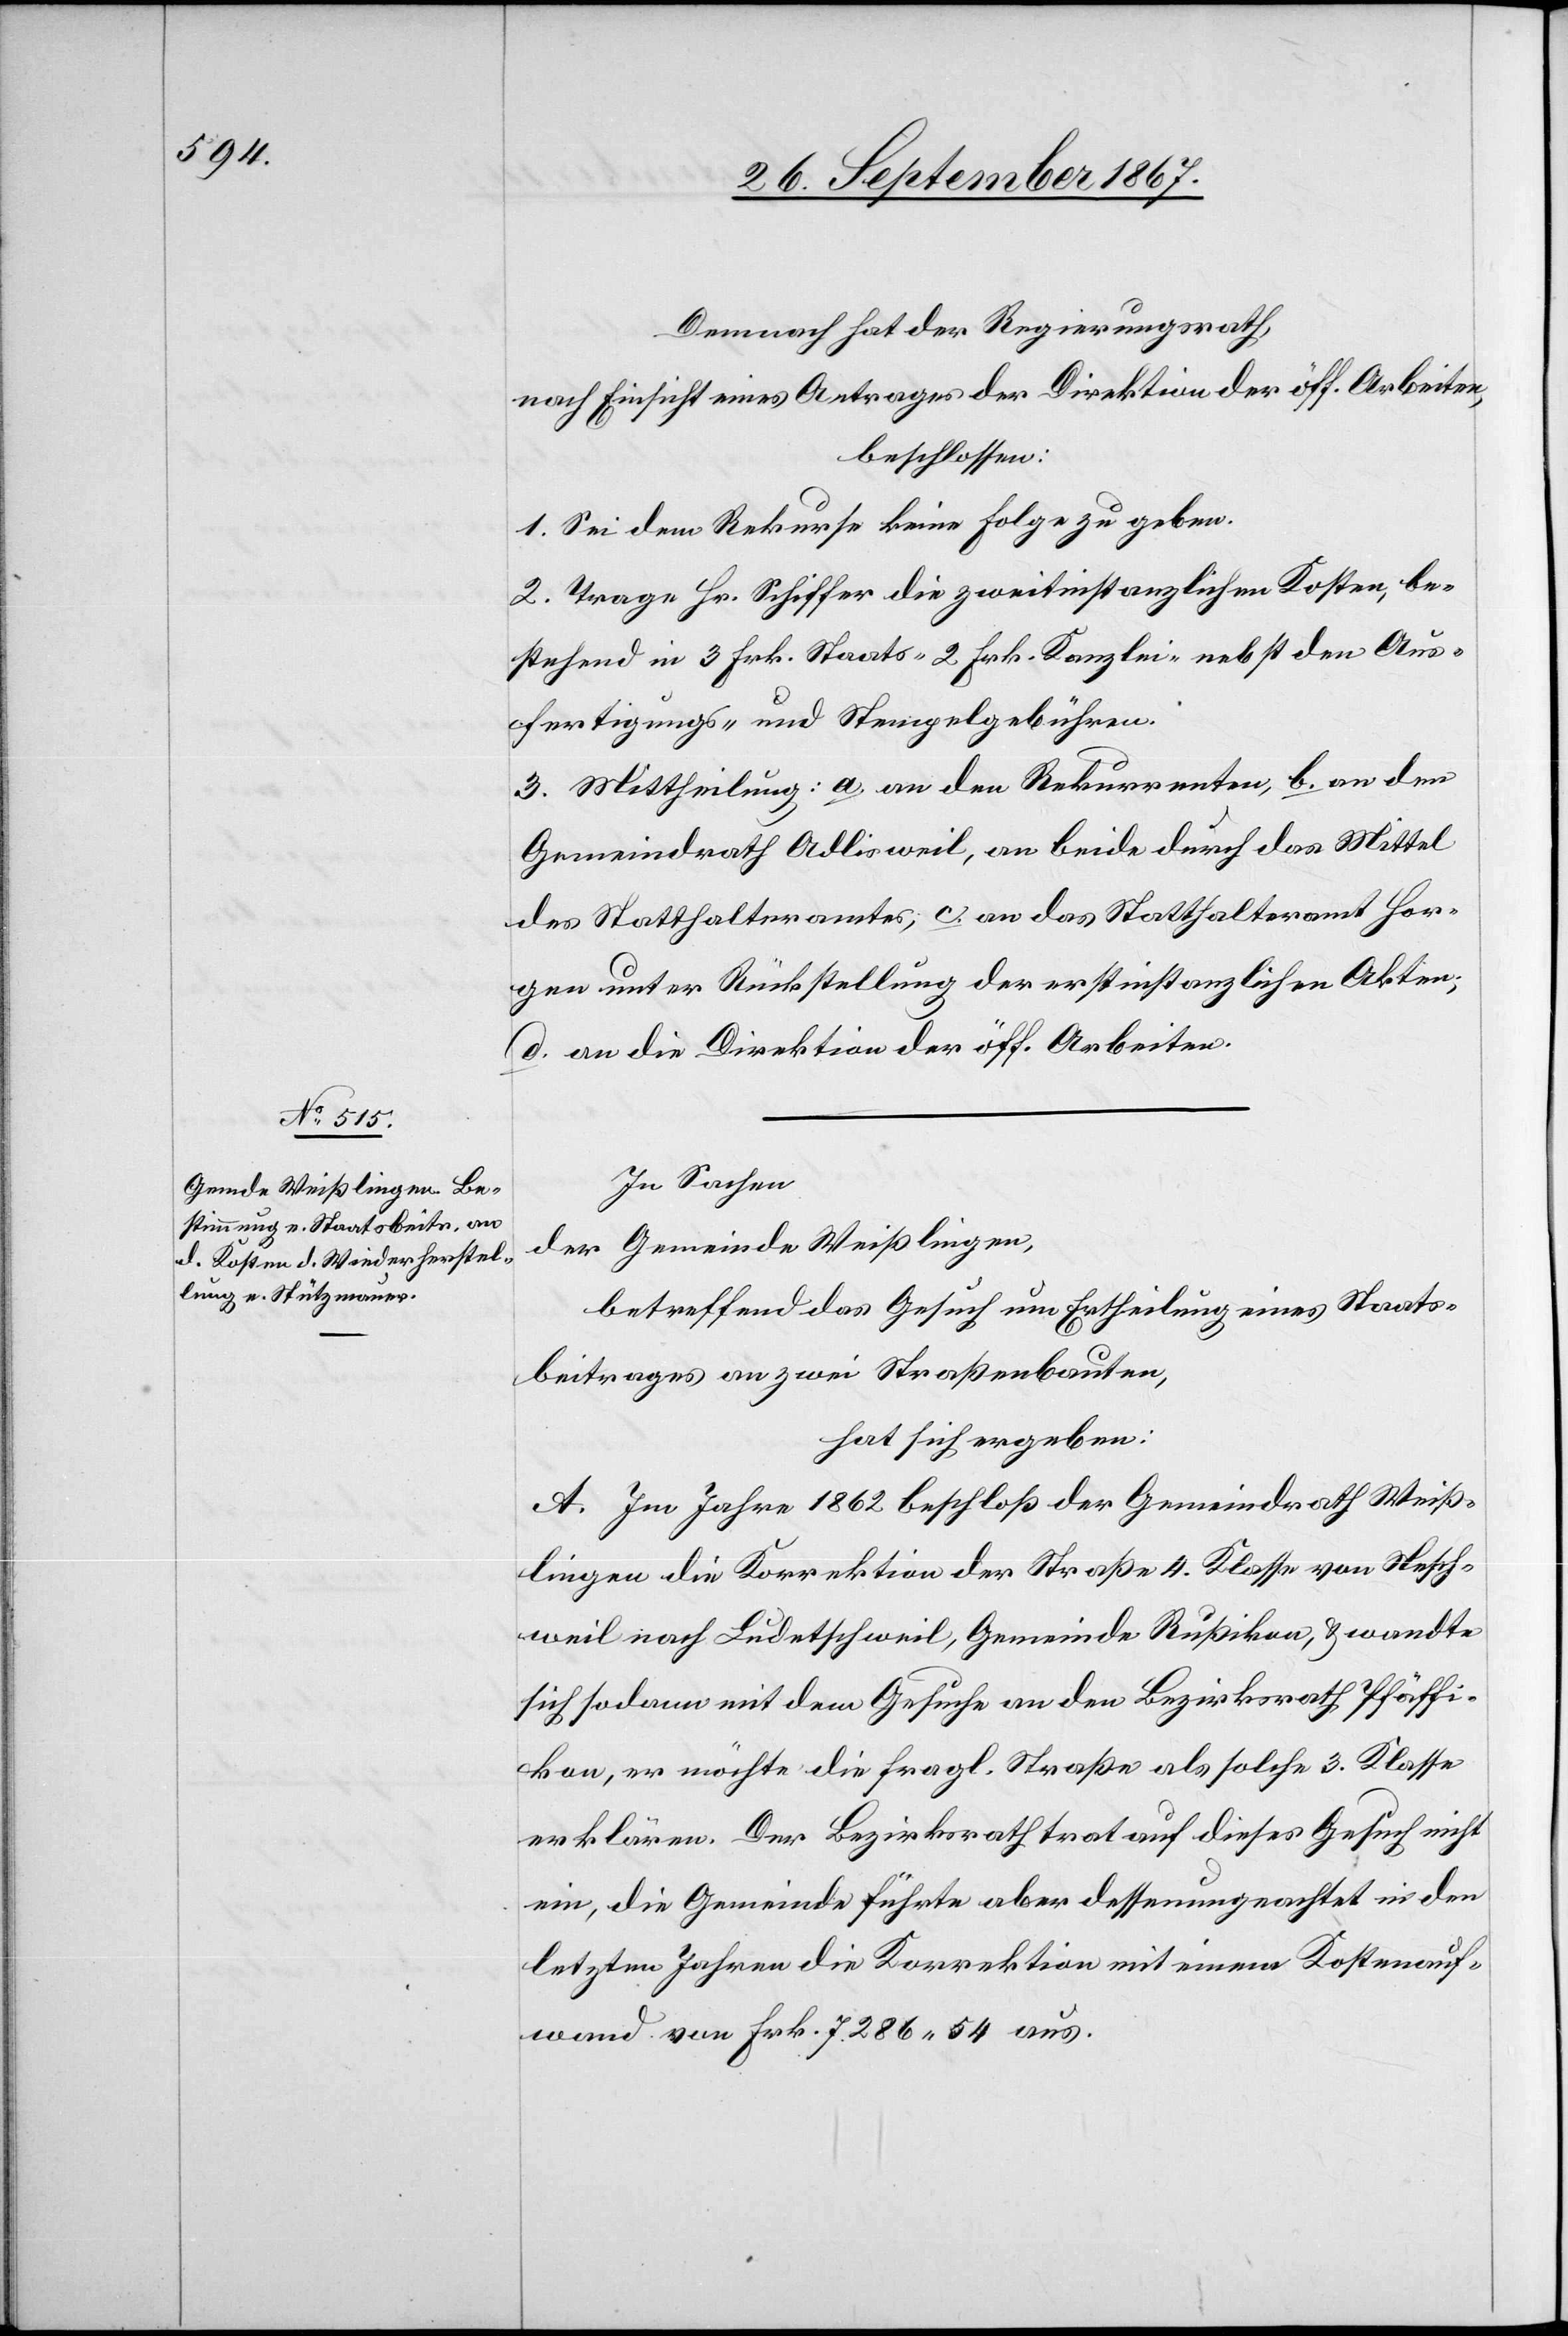
Demnach hat der Regierungsrath,
nach Einsicht eines Antrages der Direktion der öff. Arbeiten,
beschlossen:
1. Sei dem Rekurse keine Folge zu geben.
2. Trage Hr. Schiffer die zweitinstanzlichen Kosten, be¬
stehend in 3 Frk. Staats-[,] 2 Frk. Kanzlei- nebst den Aus¬
fertigungs- und Stempelgebühren.
3. Mittheilung: a. an den Rekurrenten, b. an den
Gemeindrath Adlisweil, an beide durch das Mittel
des Statthalteramtes, c. an das Statthalteramt Hor¬
gen unter Rückstellung der erstinstanzlichen Akten;
d. an die Direktion der öff. Arbeiten.
In Sachen
der Gemeinde Weißlingen,
betreffen das Gesuch um Ertheilung eines Staats¬
beitrages an zwei Straßenbauten,
hat sich ergeben:
A. Im Jahre 1862 beschloß der Gemeindrath Weiß¬
lingen die Korrektion der Straße 4. Klasse von Nesch¬
weil nach Ludetschweil, Gemeinde Rußikon, u. wandte
sich sodann mit dem Gesuch an den Bezirksrath Pfäffi¬
kon, er möchte die fragl. Straße als solche 3. Klasse
erklären. Der Bezirksrath trat auf dieses Gesuch nicht
ein, die Gemeinde führte aber dessenungeachtet in den
letzten Jahren die Korrektion mit einem Kostenauf¬
wand von Frk. 7286.54 aus.